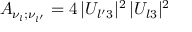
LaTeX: A _ { \nu _ { l } ; \nu _ { l ^ { \prime } } } = 4 \, | U _ { l ^ { \prime } 3 } | ^ { 2 } \, | U _ { l 3 } | ^ { 2 }